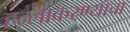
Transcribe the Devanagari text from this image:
हल्लाकरण्याचा